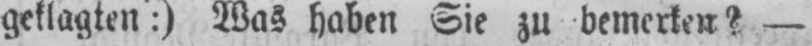
geklagten:) Was haben Sie zu bemerken? -